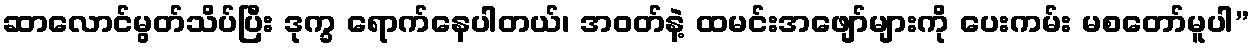
ဆာလောင်မွတ်သိပ်ပြီး ဒုက္ခ ရောက်နေပါတယ်၊ အဝတ်နဲ့ ထမင်းအဖျော်များကို ပေးကမ်း မစတော်မူပါ”